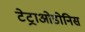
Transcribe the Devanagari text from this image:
टेट्राओडोनिस